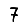
Digit: 7